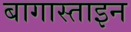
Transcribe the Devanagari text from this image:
बागास्ताइन